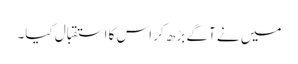
میں نے آگے بڑھ کر اس کا استقبال کیا۔